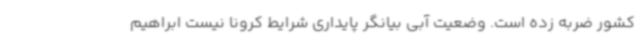
کشور ضربه زده است. وضعیت آبی بیانگر پایداری شرایط کرونا نیست ابراهیم